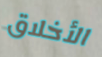
الأخلاق